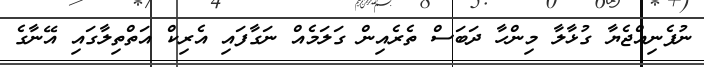
ނުފެނިއްޖެޔާ ގުޅާލާ މިންހާ ދަބަސް ތެރެއިން ގަލަމެއް ނަގާފައި އެެރިކް އަތްތިލާގައި އޭނާގެ